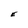
Character: E